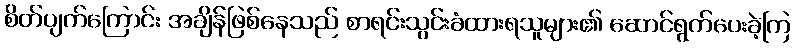
စိတ်ပျက်ကြောင်း အချိန်ဖြစ်နေသည် စာရင်းသွင်းခံထားရသူများ၏ ဆောင်ရွက်ပေးခဲ့ကြ